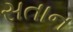
સતાન